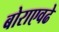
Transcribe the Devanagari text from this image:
बोराएवढे